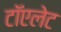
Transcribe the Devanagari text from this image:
टॉएलेट